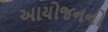
આયોજનનો